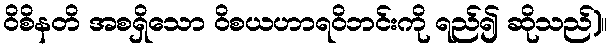
ဝိစိနတိ အစရှိသော ဝိစယဟာရဝိဘင်းကို ရည်၍ ဆိုသည်)။